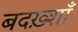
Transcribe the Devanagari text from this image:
बदख़्शाँ